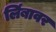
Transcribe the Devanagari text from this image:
लिंबावर